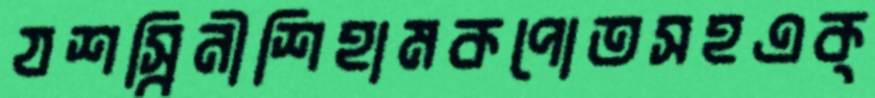
যশস্বিনীশিহামকপোতসহএক্